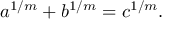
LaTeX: a ^ { 1 / m } + b ^ { 1 / m } = c ^ { 1 / m } .